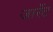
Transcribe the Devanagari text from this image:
जार्रेट